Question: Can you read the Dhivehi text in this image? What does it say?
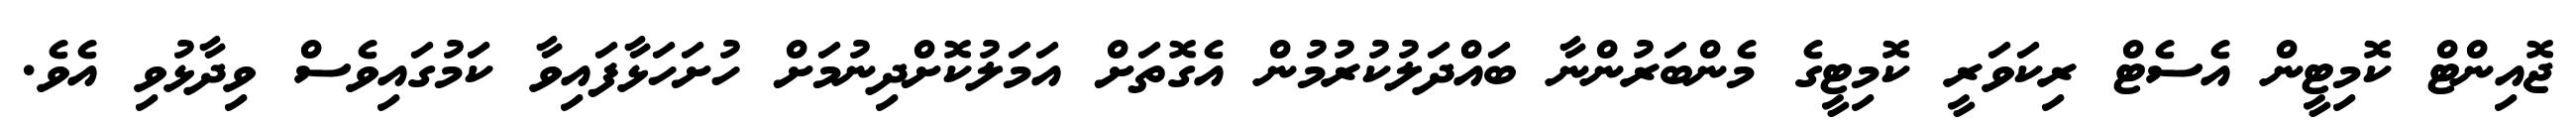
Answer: ޖޮއިންޓް ކޮމިޓީން އެސެޓް ރިކަވަރީ ކޮމިޓީގެ މެންބަރުންނާ ބައްދަލުކުރުމުން އެގޮތަށް އަމަލުކޮށްދިނުމަށް ހުށަހަޅާފައިވާ ކަމުގައިވެސް ވިދާޅުވި އެވެ.